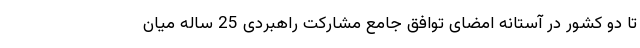
تا دو کشور در آستانه امضای توافق جامع مشارکت راهبردی 25 ساله میان